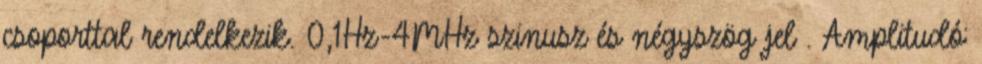
csoporttal rendelkezik. 0,1Hz-4MHz szinusz és négyszög jel . Amplitudó: